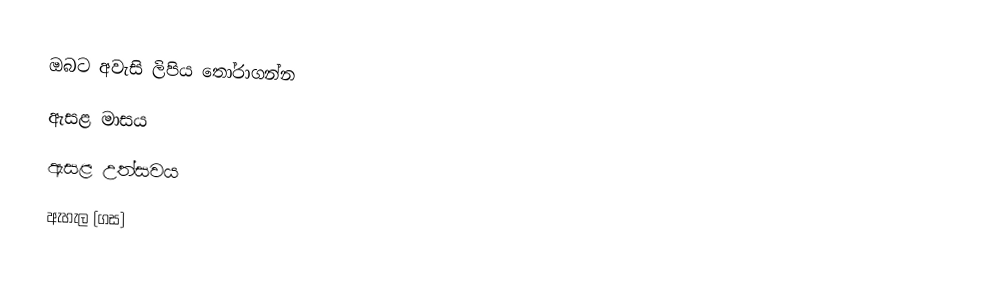
ඔබට අවැසි ලිපිය තෝරාගන්න
 ඇසළ මාසය
 ඇසළ උත්සවය
 ඇහැල (ගස)